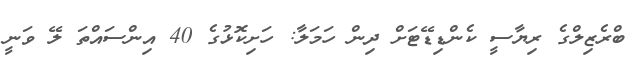
ބްރެޒިލްގެ ރިޔާސީ ކެންޑިޑޭޓަށް ދިން ހަމަލާ: ހަށިކޮޅުގެ 40 އިންސައްތަ ލޭ ވަނީ